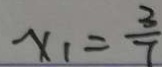
x _ { 1 } = \frac { 3 } { 7 }